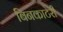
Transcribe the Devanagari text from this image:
बिनकाटेरी